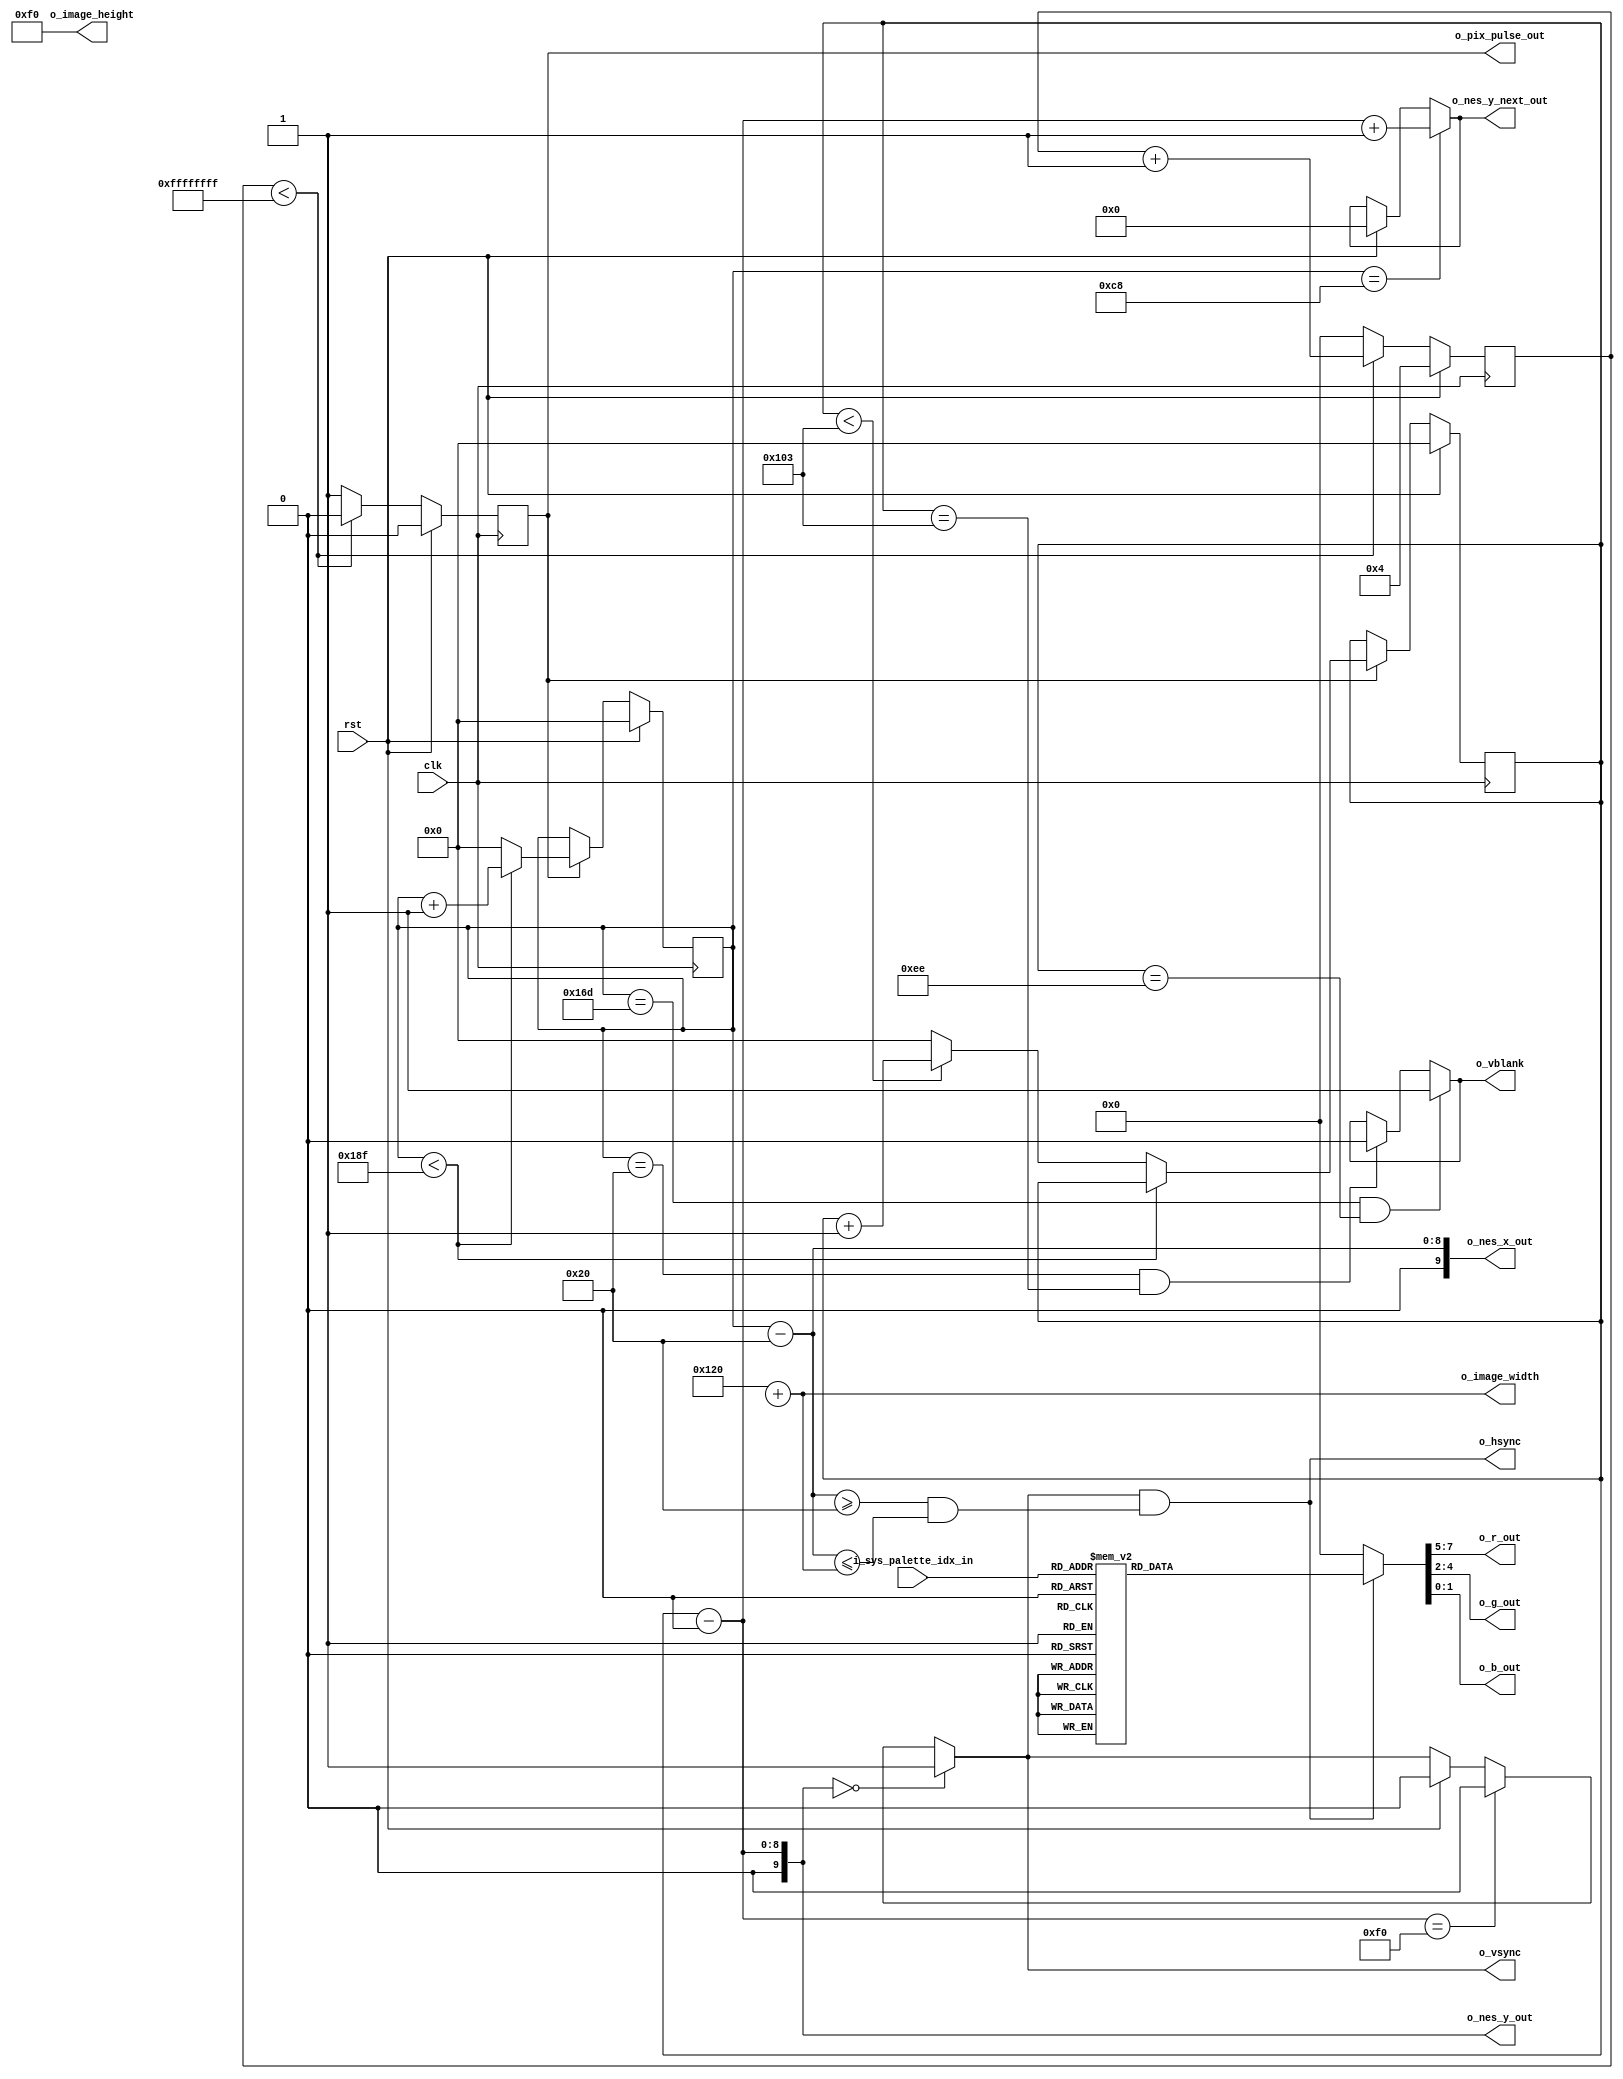
module rgb_vga_generator #(
  parameter           CLOCK_RATE    = 100

)(
  input               clk,                // 100MHz system clock signal
  input               rst,                // reset signal

  //Generated Signals to Drive Display
  output        [9:0] o_image_width,
  output        [9:0] o_image_height,

  output              o_vsync,
  output              o_hsync,
  output        [2:0] o_r_out,               // vga red signal
  output        [2:0] o_g_out,               // vga green signal
  output        [1:0] o_b_out,               // vga blue signal

  //From the below control signal, the PPU returns this value
  input         [5:0] i_sys_palette_idx_in,  // system palette index (selects output color)

  //X, Y, Y Next, pixel clock and a vblank
  output        [9:0] o_nes_x_out,           // nes x coordinate
  output        [9:0] o_nes_y_out,           // nes y coordinate
  output        [9:0] o_nes_y_next_out,      // next line's nes y coordinate
  output  reg         o_pix_pulse_out,       // 1 clk pulse prior to o_nes_x update
  output              o_vblank               // indicates a vblank is occuring (no PPU vram access)
);

//local parameters
// NES screen dimensions (256x240).
localparam  FRAME_WIDTH     = 400;
localparam  FRAME_HEIGHT    = 260;
//localparam  FRAME_HEIGHT    = 3;

localparam  VBLANK_START_X  = 365;
localparam  VBLANK_START_Y  = 238;

localparam  VBLANK_END_X    = 32;
localparam  VBLANK_END_Y    = 259;

localparam  X_FRONT_PORCH   = 32;
localparam  X_FRONT_PORCH   = 32;

localparam  IMAGE_Y_FP      = 0;  //XXX: This doesn't work when IMAGE_Y_FP > 0
localparam  IMAGE_Y_BP      = 0;

localparam  IMAGE_WIDTH     = 256;
localparam  IMAGE_HEIGHT    = 240;
//localparam  IMAGE_HEIGHT    = 2;


localparam  FPS             = 60;
localparam  CLK_DIV         = CLOCK_RATE / (FPS * FRAME_WIDTH * FRAME_HEIGHT);
//localparam  VBLANK_TIMEOUT    = `CLOCK_RATE / FPS;

reg   [8:0]       r_x_pos;
reg   [8:0]       r_y_pos;
reg   [7:0]       r_rgb;

wire  [8:0]       w_x_pos;
wire  [8:0]       w_y_pos;

wire  [31:0]      w_clk_div = CLK_DIV;
reg   [7:0]       r_clk_div_count;

//Submodules
//Asynchronous Logic
assign            o_r_out   = r_rgb[7:5];
assign            o_g_out   = r_rgb[4:2];
assign            o_b_out   = r_rgb[1:0];
//synchronous logic

always @ (posedge clk) begin
  if (rst) begin
    r_clk_div_count <=  4;
    o_pix_pulse_out <=  0;
  end
  else begin
    //Stobe
    o_pix_pulse_out <=  0;
    if (r_clk_div_count < w_clk_div - 1) begin
      r_clk_div_count <= r_clk_div_count + 1;
    end
    else begin
      r_clk_div_count <=  0;
      o_pix_pulse_out <=  1;
    end
  end
end

always @ (*) begin
  if (o_hsync == 0) begin
    r_rgb             = 0;
  end
  else begin
    // Lookup RGB values based on sys_palette_idx.  Table is an approximation of the NES
    // system palette.  Taken from http://nesdev.parodius.com/NESTechFAQ.htm#nessnescompat.
    case (i_sys_palette_idx_in)
      6'h00:  r_rgb = { 3'h3, 3'h3, 2'h1 };
      6'h01:  r_rgb = { 3'h1, 3'h0, 2'h2 };
      6'h02:  r_rgb = { 3'h0, 3'h0, 2'h2 };
      6'h03:  r_rgb = { 3'h2, 3'h0, 2'h2 };
      6'h04:  r_rgb = { 3'h4, 3'h0, 2'h1 };
      6'h05:  r_rgb = { 3'h5, 3'h0, 2'h0 };
      6'h06:  r_rgb = { 3'h5, 3'h0, 2'h0 };
      6'h07:  r_rgb = { 3'h3, 3'h0, 2'h0 };
      6'h08:  r_rgb = { 3'h2, 3'h1, 2'h0 };
      6'h09:  r_rgb = { 3'h0, 3'h2, 2'h0 };
      6'h0a:  r_rgb = { 3'h0, 3'h2, 2'h0 };
      6'h0b:  r_rgb = { 3'h0, 3'h1, 2'h0 };
      6'h0c:  r_rgb = { 3'h0, 3'h1, 2'h1 };
      6'h0d:  r_rgb = { 3'h0, 3'h0, 2'h0 };
      6'h0e:  r_rgb = { 3'h0, 3'h0, 2'h0 };
      6'h0f:  r_rgb = { 3'h0, 3'h0, 2'h0 };

      6'h10:  r_rgb = { 3'h5, 3'h5, 2'h2 };
      6'h11:  r_rgb = { 3'h0, 3'h3, 2'h3 };
      6'h12:  r_rgb = { 3'h1, 3'h1, 2'h3 };
      6'h13:  r_rgb = { 3'h4, 3'h0, 2'h3 };
      6'h14:  r_rgb = { 3'h5, 3'h0, 2'h2 };
      6'h15:  r_rgb = { 3'h7, 3'h0, 2'h1 };
      6'h16:  r_rgb = { 3'h6, 3'h1, 2'h0 };
      6'h17:  r_rgb = { 3'h6, 3'h2, 2'h0 };
      6'h18:  r_rgb = { 3'h4, 3'h3, 2'h0 };
      6'h19:  r_rgb = { 3'h0, 3'h4, 2'h0 };
      6'h1a:  r_rgb = { 3'h0, 3'h5, 2'h0 };
      6'h1b:  r_rgb = { 3'h0, 3'h4, 2'h0 };
      6'h1c:  r_rgb = { 3'h0, 3'h4, 2'h2 };
      6'h1d:  r_rgb = { 3'h0, 3'h0, 2'h0 };
      6'h1e:  r_rgb = { 3'h0, 3'h0, 2'h0 };
      6'h1f:  r_rgb = { 3'h0, 3'h0, 2'h0 };

      6'h20:  r_rgb = { 3'h7, 3'h7, 2'h3 };
      6'h21:  r_rgb = { 3'h1, 3'h5, 2'h3 };
      6'h22:  r_rgb = { 3'h2, 3'h4, 2'h3 };
      6'h23:  r_rgb = { 3'h5, 3'h4, 2'h3 };
      6'h24:  r_rgb = { 3'h7, 3'h3, 2'h3 };
      6'h25:  r_rgb = { 3'h7, 3'h3, 2'h2 };
      6'h26:  r_rgb = { 3'h7, 3'h3, 2'h1 };
      6'h27:  r_rgb = { 3'h7, 3'h4, 2'h0 };
      6'h28:  r_rgb = { 3'h7, 3'h5, 2'h0 };
      6'h29:  r_rgb = { 3'h4, 3'h6, 2'h0 };
      6'h2a:  r_rgb = { 3'h2, 3'h6, 2'h1 };
      6'h2b:  r_rgb = { 3'h2, 3'h7, 2'h2 };
      6'h2c:  r_rgb = { 3'h0, 3'h7, 2'h3 };
      6'h2d:  r_rgb = { 3'h0, 3'h0, 2'h0 };
      6'h2e:  r_rgb = { 3'h0, 3'h0, 2'h0 };
      6'h2f:  r_rgb = { 3'h0, 3'h0, 2'h0 };

      6'h30:  r_rgb = { 3'h7, 3'h7, 2'h3 };
      6'h31:  r_rgb = { 3'h5, 3'h7, 2'h3 };
      6'h32:  r_rgb = { 3'h6, 3'h6, 2'h3 };
      6'h33:  r_rgb = { 3'h6, 3'h6, 2'h3 };
      6'h34:  r_rgb = { 3'h7, 3'h6, 2'h3 };
      6'h35:  r_rgb = { 3'h7, 3'h6, 2'h3 };
      6'h36:  r_rgb = { 3'h7, 3'h5, 2'h2 };
      6'h37:  r_rgb = { 3'h7, 3'h6, 2'h2 };
      6'h38:  r_rgb = { 3'h7, 3'h7, 2'h2 };
      6'h39:  r_rgb = { 3'h7, 3'h7, 2'h2 };
      6'h3a:  r_rgb = { 3'h5, 3'h7, 2'h2 };
      6'h3b:  r_rgb = { 3'h5, 3'h7, 2'h3 };
      6'h3c:  r_rgb = { 3'h4, 3'h7, 2'h3 };
      6'h3d:  r_rgb = { 3'h0, 3'h0, 2'h0 };
      6'h3e:  r_rgb = { 3'h0, 3'h0, 2'h0 };
      6'h3f:  r_rgb = { 3'h0, 3'h0, 2'h0 };
    endcase
  end
end

assign  o_vblank          = ((r_x_pos == VBLANK_START_X)  && (r_y_pos == VBLANK_START_Y)) ? 1 :
                            ((r_x_pos == VBLANK_END_X)    && (r_y_pos == VBLANK_END_Y))   ? 0 : o_vblank;


assign  w_x_pos           = r_x_pos - X_FRONT_PORCH;
assign  w_y_pos           = r_y_pos - IMAGE_Y_FP;
assign  o_nes_x_out       = {1'b0, w_x_pos};
assign  o_nes_y_out       = {1'b0, w_y_pos};
assign  o_nes_y_next_out  = (r_x_pos == (FRAME_WIDTH / 2)) ? o_nes_y_out + 1 :
                             !rst ? o_nes_y_next_out :
                             10'h000;

assign  o_hsync           = (o_vsync) &&
                            ((o_nes_x_out >= X_FRONT_PORCH) &&
                             (o_nes_x_out <= X_FRONT_PORCH + IMAGE_WIDTH + X_BACK_PORCH));

assign  o_vsync           = ((o_nes_y_out == IMAGE_Y_FP)                              ) ? 1'b1 :
                            ((o_nes_y_out == (IMAGE_Y_FP + IMAGE_HEIGHT + IMAGE_Y_BP))) ? 1'b0:
                            !rst ? o_vsync :
                            1'b0;

assign  o_image_width     = (X_FRONT_PORCH + IMAGE_WIDTH + X_BACK_PORCH);
assign  o_image_height    = (IMAGE_Y_FP + IMAGE_HEIGHT + IMAGE_Y_BP);

//Positional data
always @ (posedge clk) begin
  if (rst) begin
    /*
    r_x_pos <=  VBLANK_START_X;
    r_y_pos <=  VBLANK_START_Y;
    */
    r_x_pos <=  0;
    r_y_pos <=  0;

  end
  else begin
    //Increment Position
    if (o_pix_pulse_out) begin
      if (r_x_pos < (FRAME_WIDTH - 1)) begin
        r_x_pos <= r_x_pos + 1;
      end
      else begin
        r_x_pos <= 0;
        if (r_y_pos < (FRAME_HEIGHT - 1)) begin
          r_y_pos <=  r_y_pos + 1;
        end
        else begin
          r_y_pos <=  0;
        end
      end
    end
  end
end

endmodule